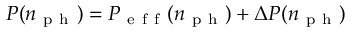
P ( n _ { \mathrm { ~ p ~ h ~ } } ) = P _ { \mathrm { ~ e ~ f ~ f ~ } } ( n _ { \mathrm { ~ p ~ h ~ } } ) + \Delta P ( n _ { \mathrm { ~ p ~ h ~ } } )